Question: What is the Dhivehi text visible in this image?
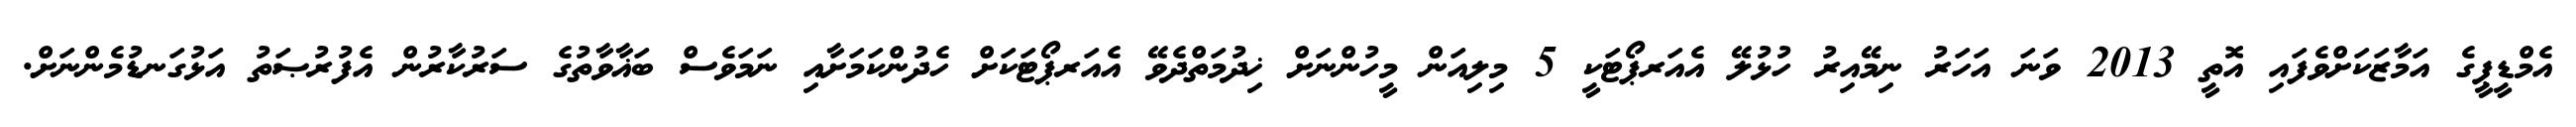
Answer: އެމްޑީޕީގެ އަމާޒަކަށްވެފައި އޮތީ 2013 ވަނަ އަހަރު ނިމޭއިރު ހުޅުލޭ އެއަރޕޯޓަކީ 5 މިލިއަން މީހުންނަށް ޚިދުމަތްދެވޭ އެއަރޕޯޓަކަށް ހެދުންކަމަށާއި ނަމަވެސް ބަޣާވާތުގެ ސަރުކާރުން އެފުރުޞަތު އަޅުގަނޑުމެންނަށް.